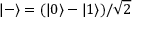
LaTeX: | - \rangle = ( | 0 \rangle - | 1 \rangle ) / { \sqrt { 2 } }